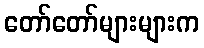
တော်တော်များများက